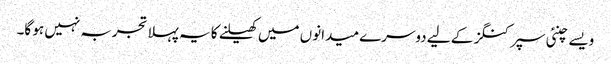
ویسے چنئی سپرکنگز کے لیے دوسرے میدانوں میں کھیلنے کا یہ پہلا تجربہ نہیں ہو گا۔